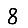
Digit: 8